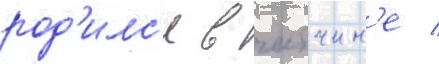
род'илс'я в гатчин'е /